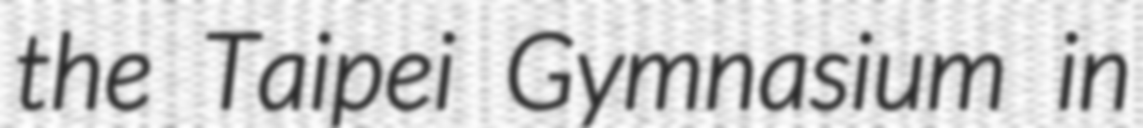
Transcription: the Taipei Gymnasium in